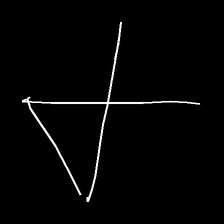
Glyph: collection